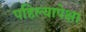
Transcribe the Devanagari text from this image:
पहिल्यापेक्षा